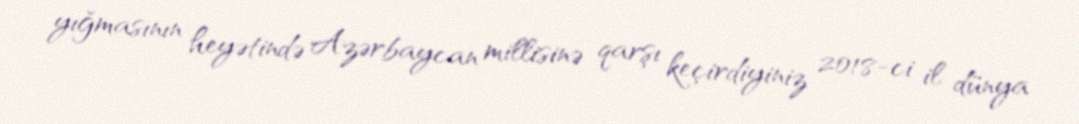
yığmasının heyətində Azərbaycan millisinə qarşı keçirdiyiniz 2018-ci il dünya